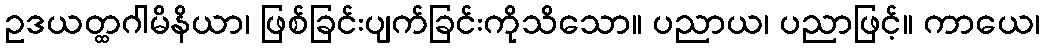
ဥဒယတ္ထဂါမိနိယာ၊ ဖြစ်ခြင်းပျက်ခြင်းကိုသိသော။ ပညာယ၊ ပညာဖြင့်။ ကာယေ၊